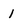
Character: 1